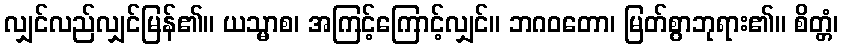
လျှင်လည်လျှင်မြန်၏။ ယသ္မာစ၊ အကြင့်ကြောင့်လျှင်။ ဘဂဝတော၊ မြတ်စွာဘုရား၏။ စိတ္တံ၊